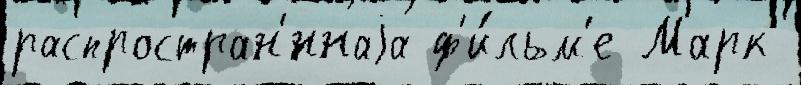
распростран'́ннаjа ф'и́льм'е Марк